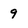
Character: 9